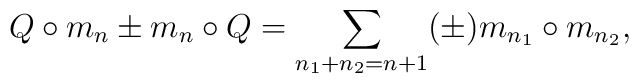
Q\circ m_n\pm m_n\circ Q = \sum_{n_1+n_2=n+1} (\pm)  m_{n_1}\circ m_{n_2},